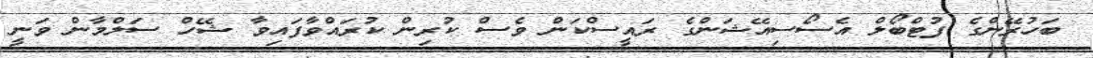
ބަހުރޭންގެ ފުޓްބޯލް އެސޯސިއޭޝަންގެ ރައީސްކަން ވެސް ކުރިން ކުރައްވާފައިވާ ޝޭހް ސަލްމާން ވަނީ